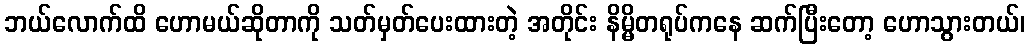
ဘယ်လောက်ထိ ဟောမယ်ဆိုတာကို သတ်မှတ်ပေးထားတဲ့ အတိုင်း နိမ္မိတရုပ်ကနေ ဆက်ပြီးတော့ ဟောသွားတယ်၊